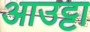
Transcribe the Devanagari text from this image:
आउट्टा